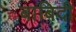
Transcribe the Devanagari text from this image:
बाबिदी